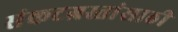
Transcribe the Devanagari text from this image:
संकटग्रस्तांसाठी